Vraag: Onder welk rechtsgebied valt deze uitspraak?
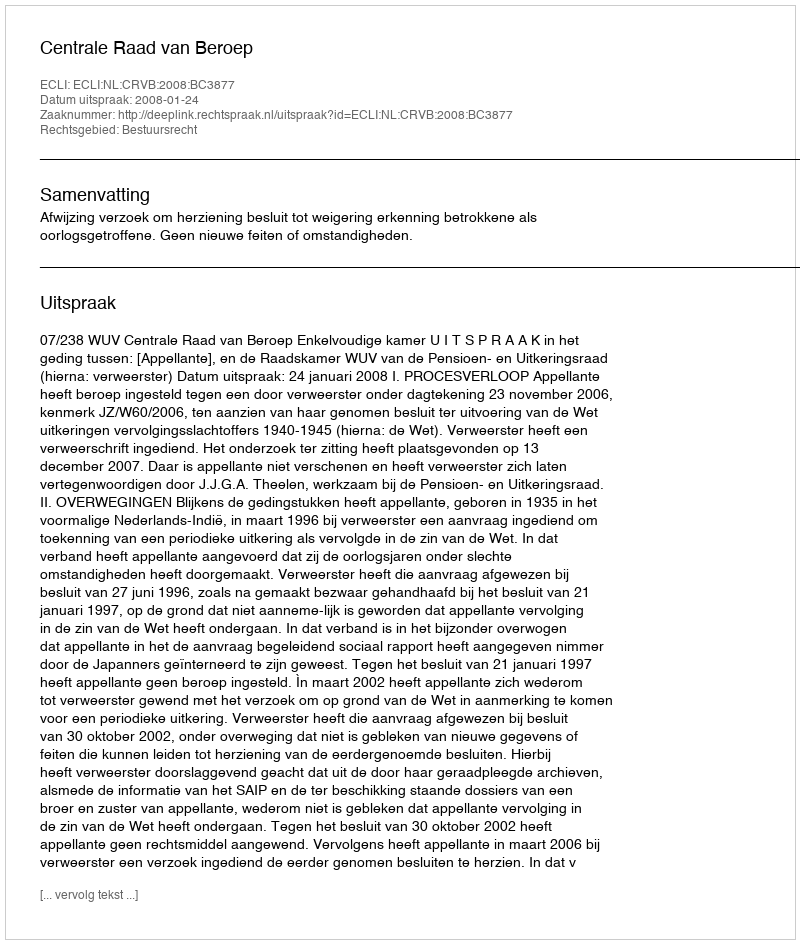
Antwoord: Bestuursrecht